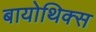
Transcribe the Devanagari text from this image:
बायोथिक्स